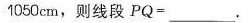
1 0 5 0 c m$$，则线段$$P Q